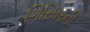
ગિરિધરની